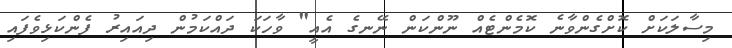
މިސާލަކަށް ކޮށްގެންވާނެ ކޮމެންޓެއް ނޫންކަން ނޭނގެ އެއީ" ވާހަކަ ދައްކަމުން ދިއައިރު ފެންކަޅިވެފައި